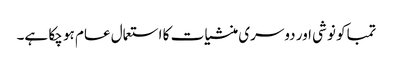
تمباکو نوشی اور دوسری منشیات کا استعمال عام ہو چکا ہے۔